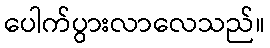
ပေါက်ပွားလာလေသည်။